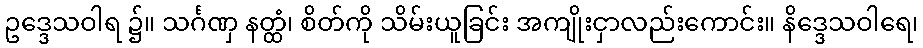
ဥဒ္ဒေသဝါရ ၌။ သင်္ဂဏှ နတ္ထံ၊ စိတ်ကို သိမ်းယူခြင်း အကျိုးငှာလည်းကောင်း။ နိဒ္ဒေသဝါရေ၊